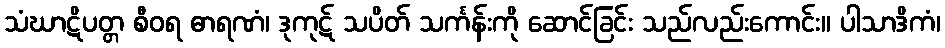
သံဃာဋိပတ္တ စီဝရ ဓာရဏံ၊ ဒုကုဋ် သပိတ် သင်္ကန်းကို ဆောင်ခြင်း သည်လည်းကောင်း။ ပါသာဒိကံ၊